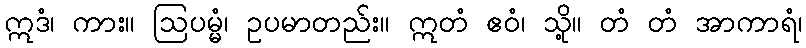
ဣဒံ၊ ကား။ ဩပမ္မံ၊ ဥပမာတည်း။ ဣတံ ဧဝံ၊ သို့။ တံ တံ အာကာရံ၊